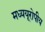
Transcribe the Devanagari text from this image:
मध्ययूरोपीय